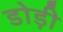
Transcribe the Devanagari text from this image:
डोड़ी